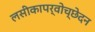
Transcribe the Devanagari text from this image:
लसीकापर्वोच्छेदन